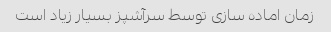
زمان اماده سازی توسط سرآشپز بسیار زیاد است